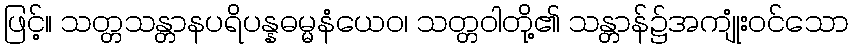
ဖြင့်။ သတ္တသန္တာနပရိပန္နဓမ္မနံယေဝ၊ သတ္တဝါတို့၏ သန္တာန်၌အကျုံးဝင်သော